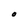
Character: O